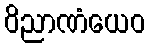
ဝိညာဏံယေဝ